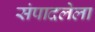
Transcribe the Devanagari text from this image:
संपादलेला